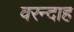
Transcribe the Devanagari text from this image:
वरन्दाह